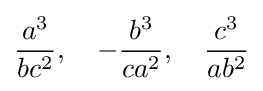
{\frac {a^{3}}{bc^{2}}},\quad -{\frac {b^{3}}{ca^{2}}},\quad {\frac {c^{3}}{ab^{2}}}